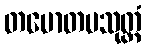
တမောတမသုတ္တံ